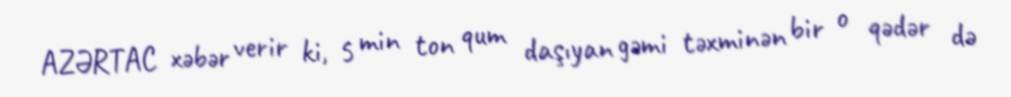
AZƏRTAC xəbər verir ki, 5 min ton qum daşıyan gəmi təxminən bir o qədər də